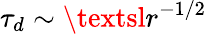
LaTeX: \tau_{d}\sim\textsl{r}^{-1/2}